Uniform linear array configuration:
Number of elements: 12
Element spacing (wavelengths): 1
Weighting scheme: exponential
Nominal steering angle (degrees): -60
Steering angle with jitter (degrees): -58.233
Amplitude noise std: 0.05
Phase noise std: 0.05

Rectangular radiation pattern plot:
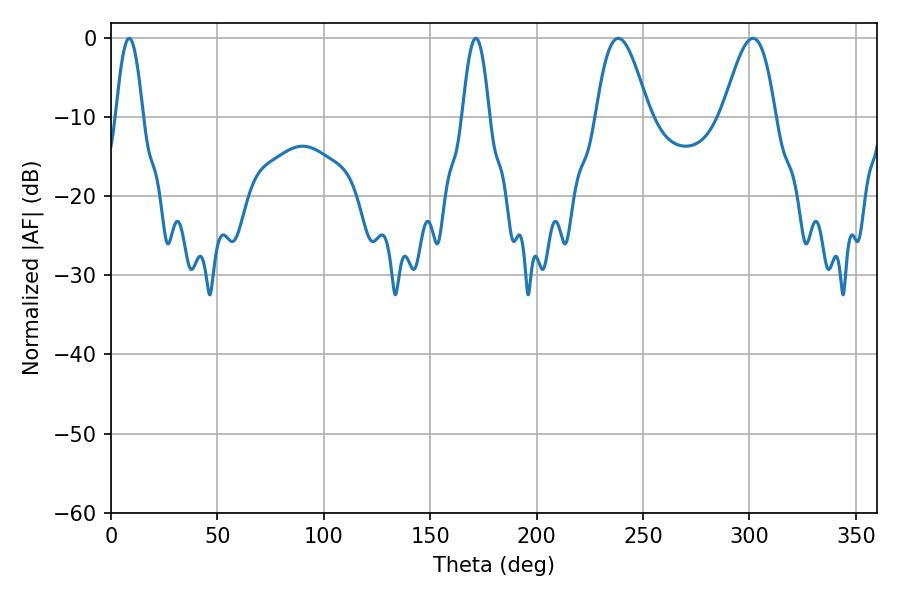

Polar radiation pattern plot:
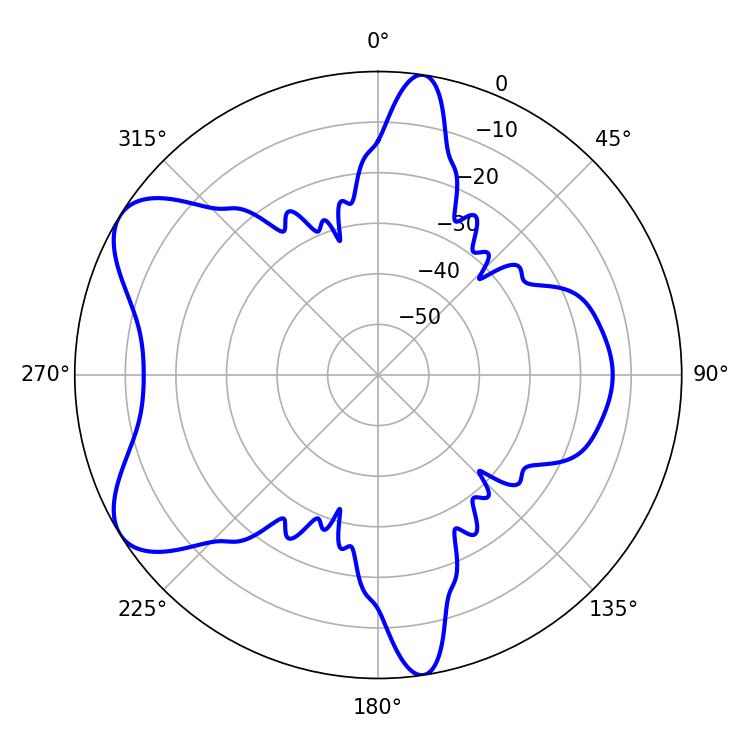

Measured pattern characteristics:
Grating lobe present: TRUE
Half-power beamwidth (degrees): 13.32
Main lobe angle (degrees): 238.32